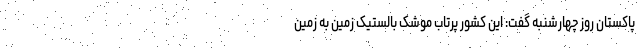
پاکستان روز چهارشنبه گفت: این کشور پرتاب موشک بالستیک زمین به زمین